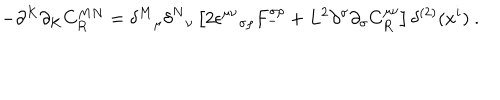
- \partial ^ { K } \partial _ { K } C _ { R } ^ { M N } = { \delta ^ { M } } _ { \mu } { \delta ^ { N } } _ { \nu } \left[ 2 \epsilon ^ { \mu \nu } { } _ { \sigma \rho } F _ { - } ^ { \sigma \rho } + L ^ { 2 } \partial ^ { \sigma } \partial _ { \sigma } C _ { R } ^ { \mu \nu } \right] \delta ^ { ( 2 ) } ( x ^ { i } ) ~ .